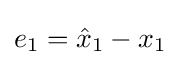
e_{1}={\hat {x}}_{1}-x_{1}